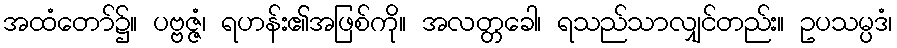
အထံတော်၌။ ပဗ္ဗဇ္ဇံ၊ ရဟန်း၏အဖြစ်ကို။ အလတ္တခေါ၊ ရသည်သာလျှင်တည်း။ ဥပသမ္ပဒံ၊